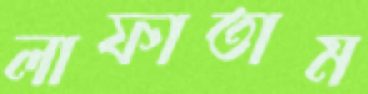
লাফাতাম